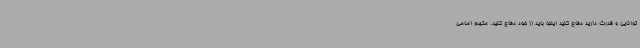
توانایی و قدرت دارید دفاع کنید اینجا باید از خود دفاع کنید. متهم امامی